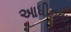
આધીનતા